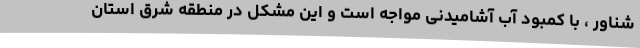
شناور ، با کمبود آب آشامیدنی مواجه است و این مشکل در منطقه شرق استان